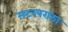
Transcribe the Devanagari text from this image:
मटरपरांठा